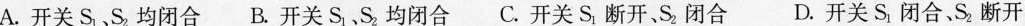
A.开关S_{1}、S_{2}，均闭合B.开关S_{1}、S_{2}，均闭合C.开关S_{1}断开、S_{2}闭合D.开关S_{1}闭合、S_{2}断开